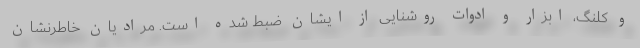
و کلنگ، ابزار و ادوات روشنایی از ایشان ضبط شده است. مرادیان خاطرنشان